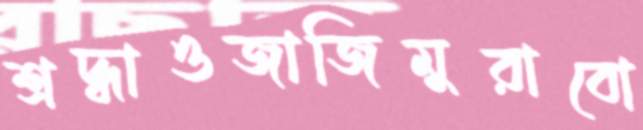
শ্রদ্ধাওজাজিমুরাবো